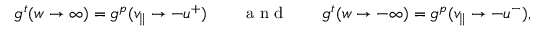
\begin{array} { r l r l r } { g ^ { t } ( w \rightarrow \infty ) = g ^ { p } ( v _ { \parallel } \rightarrow - u ^ { + } ) } & { { } } & { \mathrm { ~ a ~ n ~ d ~ } } & { { } } & { g ^ { t } ( w \rightarrow - \infty ) = g ^ { p } ( v _ { \parallel } \rightarrow - u ^ { - } ) , } \end{array}